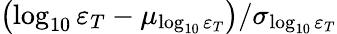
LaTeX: \left(\log_{10}\varepsilon_{T}-\mu_{\log_{10}\varepsilon_{T}}\right)/\sigma_{\log_{10}\varepsilon_{T}}